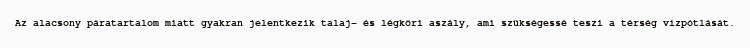
Az alacsony páratartalom miatt gyakran jelentkezik talaj- és légköri aszály, ami szükségessé teszi a térség vízpótlását.